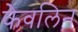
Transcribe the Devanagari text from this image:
केवलिन